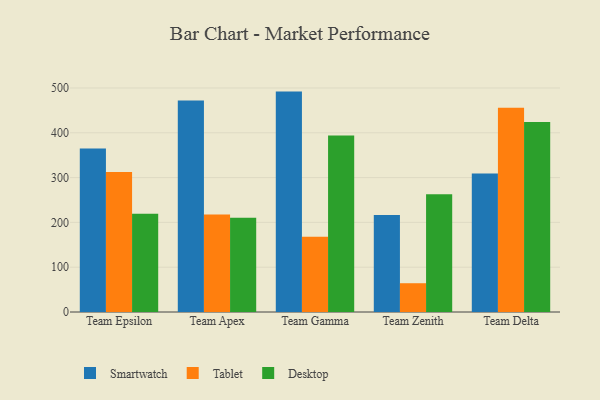
{"axis": {"x": "Team", "y": "Tickets Resolved"}, "legend": ["Desktop", "Smartwatch", "Tablet"], "data": [{"x": "Team Epsilon", "y": 365.0, "type": "Smartwatch"}, {"x": "Team Epsilon", "y": 312.3, "type": "Tablet"}, {"x": "Team Epsilon", "y": 219.3, "type": "Desktop"}, {"x": "Team Apex", "y": 472.1, "type": "Smartwatch"}, {"x": "Team Apex", "y": 217.7, "type": "Tablet"}, {"x": "Team Apex", "y": 210.2, "type": "Desktop"}, {"x": "Team Gamma", "y": 491.9, "type": "Smartwatch"}, {"x": "Team Gamma", "y": 167.7, "type": "Tablet"}, {"x": "Team Gamma", "y": 394.2, "type": "Desktop"}, {"x": "Team Zenith", "y": 216.4, "type": "Smartwatch"}, {"x": "Team Zenith", "y": 64.2, "type": "Tablet"}, {"x": "Team Zenith", "y": 262.7, "type": "Desktop"}, {"x": "Team Delta", "y": 309.1, "type": "Smartwatch"}, {"x": "Team Delta", "y": 456.1, "type": "Tablet"}, {"x": "Team Delta", "y": 424.3, "type": "Desktop"}]}